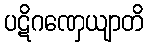
ပဋိဂဏှေယျာတိ